Papers set at the Examination for Leaving Certificates, 1889
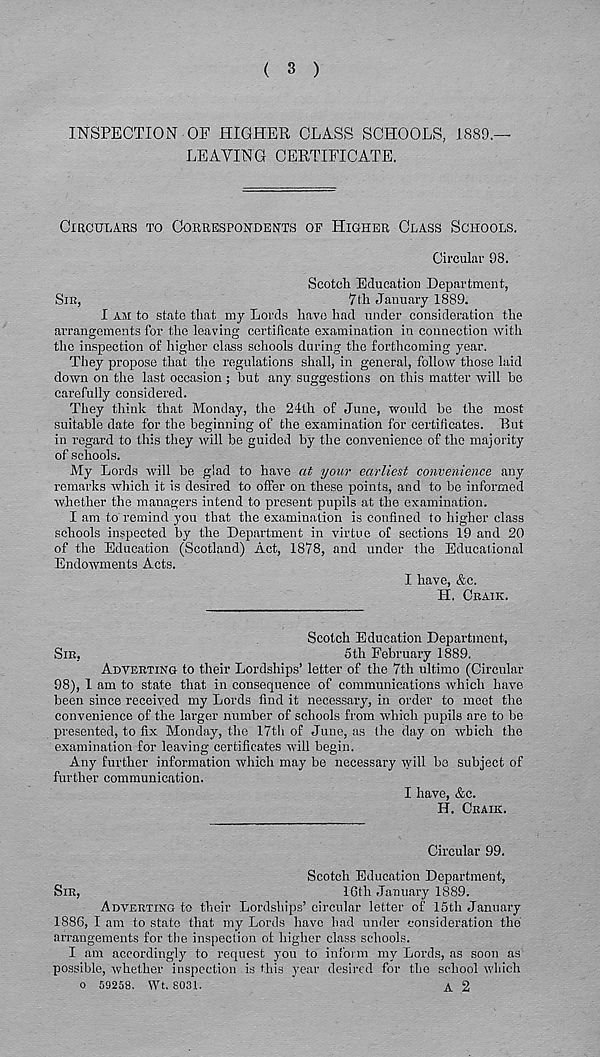
( 3 )
INSPECTION OF HIGHER CLASS SCHOOLS, 1889.—
LEAVING CERTIFICATE.
CIRCULARS TO CORRESPONDENTS OP HIGHER CLASS SCHOOLS.
Circular 98.
Scotch Education Department,
Sin,
7th January 1889.
I AJI to state that my Lords have had under consideration the
arrangements for the leaving certificate examination in connection with
the inspection of higher class schools during the forthcoming year.
They propose that the regulations shall, in general, follow those laid
down on the last occasion ; but any suggestions on this matter will be
carefully considered.
They think that Monday, the 24lh of June, would be the most
suitable date for the beginning of the examination for certificates. But
in regard to this they will be guided by the convenience of the majority
of schools.
My Lords will be glad to have at your earliest convenience any
remarks which it is desired to offer on these points, and to be informed
whether the managers intend to present pupils at the examination.
I am to remind you that the examination is confined to higher class
schools inspected by the Department in virtue of sections 19 and 20
of the Education (Scotland) Act, 1878, and under the Educational
Endowments Acts.
I have, &c.
H. CRAIK.
Scotch Education Department,
SIR,
5th February 1889.
ADVERTING to their Lordships’ letter of the 7th ultimo (Circular
98), 1 am to state that in consequence of communications which have
been since received my Lords find it necessary, in order to meet the
convenience of the larger number of schools from which pupils are to be
presented, to fix Monday, the 17th of June, as (he day on which the
examination for leaving certificates will begin.
Any further information which may be necessary will bo subject of
further communication.
I have, &c.
H. CRAIK.
Circular 99.
Scotch Education Department,
SIR,
16th January 1889.
ADVERTING to their Lordships’ circular letter of 15th January
1886, I am to state that my Lords have had under consideration the
arrangements for the inspection of higher class schools.
I am accordingly to request you to inform my Lords, as soon as
possible, whether inspection is this year desired for the school which
o 59258. Wt. 8031.
A 2